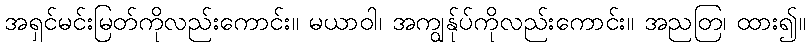
အရှင်မင်းမြတ်ကိုလည်းကောင်း။ မယာဝါ၊ အကျွန်ုပ်ကိုလည်းကောင်း။ အညတြ၊ ထား၍။